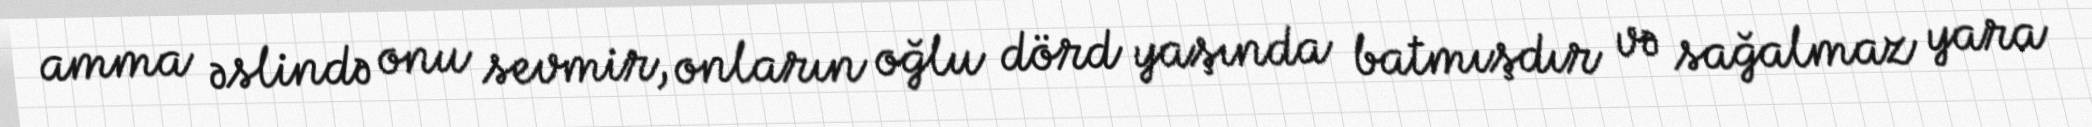
amma əslində onu sevmir, onların oğlu dörd yaşında batmışdır və sağalmaz yara